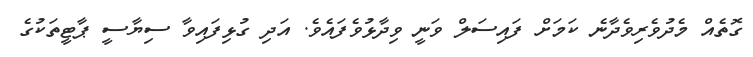
ގޮތެއް މެދުވެރިވެދާނެ ކަމަށް ފައިސަލް ވަނީ ވިދާޅުވެފައެވެ. އަދި ގުޅިފައިވާ ސިޔާސީ ޕާޓީތަކުގެ